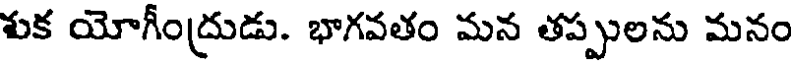
శుక యోగీంద్రుడు. భాగవతం మన తప్పులను మనం